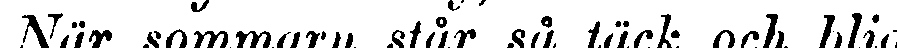
När sommarn, står så täck och blid